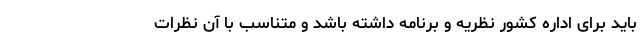
باید برای اداره کشور نظریه و برنامه داشته باشد و متناسب با آن نظرات